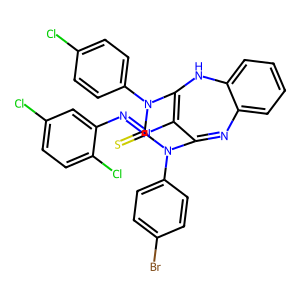
SMILES: S=C1N(c2ccc(Br)cc2)C2=Nc3ccccc3NC(=C2N=Nc2cc(Cl)ccc2Cl)N1c1ccc(Cl)cc1
Inhibits HIV replication: No